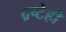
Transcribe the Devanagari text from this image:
द्रष्टेही